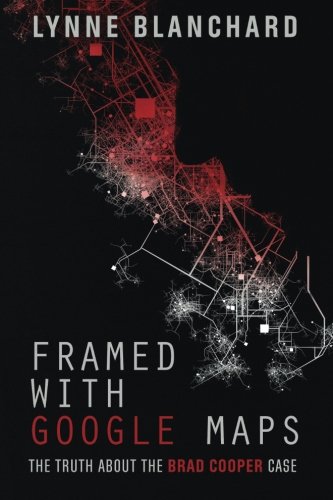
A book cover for Framed With Google Maps: The Truth About the Brad Cooper Case; Lynne Blanchard; Law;